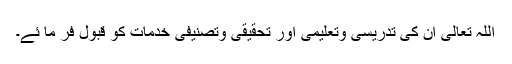
اللہ تعالیٰ ان کی تدریسی وتعلیمی اور تحقیقی وتصنیفی خدمات کو قبول فر ما ئے۔